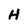
Character: H